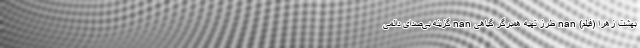
بهشت زهرا (فیلم) nan طرز تهیه همبرگر گیاهی nan گزینه بی‌صدای دائمی